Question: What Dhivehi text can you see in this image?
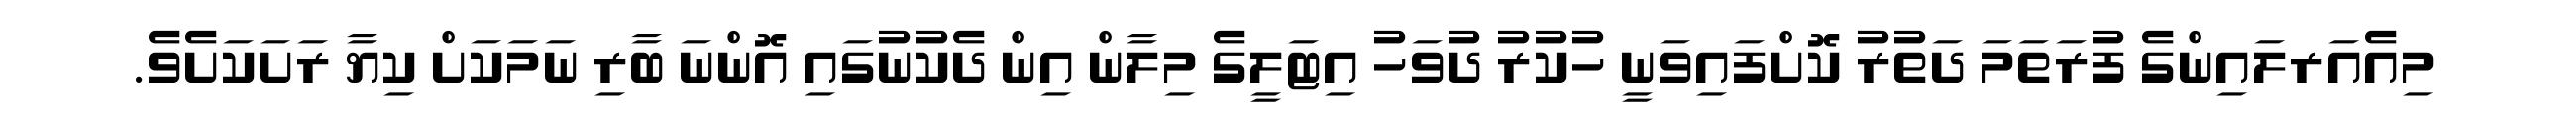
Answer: މިއެއަރލައިންގެ ފުރަތަމަ ދަތުރު ކޮށްފައިވަނީ ހުކުރު ދުވަހު އިޓަލީގެ މިލާން އިން ދެކުނުގައި އޮންނަ ބާރި ނަމަކަށް ކިޔާ ރަށަކަށެވެ.